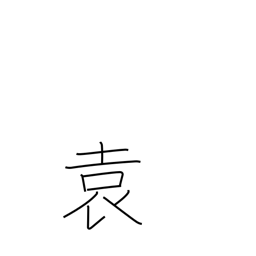
Meaning: long kimono